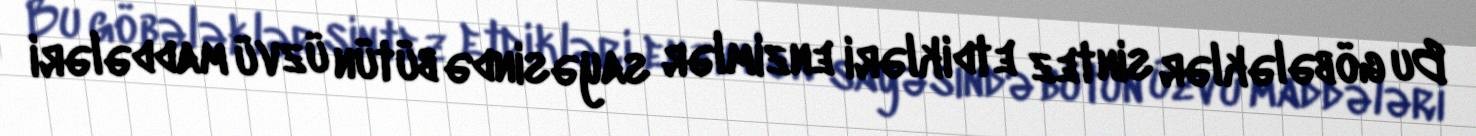
Bu göbələklər sintez etdikləri enzimlər sayəsində bütün üzvü maddələri